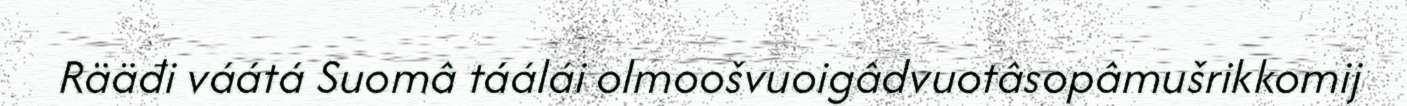
Rääđi váátá Suomâ táálái olmoošvuoigâdvuotâsopâmušrikkomij